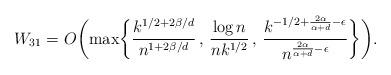
LaTeX: \begin{align*}W_{31} = O \biggl( \max \biggl\{ \frac{k^{1/2+2\beta/d}}{n^{1+2\beta/d}} \, , \, \frac{\log n}{nk^{1/2}} \, , \, \frac{k^{-1/2 + \frac{2 \alpha}{\alpha+d} - \epsilon}}{n^{ \frac{2 \alpha}{\alpha+d} - \epsilon}} \biggr\} \biggr).\end{align*}